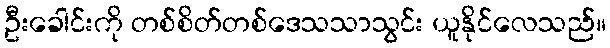
ဦးခေါင်းကို တစ်စိတ်တစ်ဒေသသာသွင်း ယူနိုင်လေသည်။